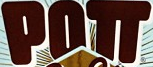
POTT